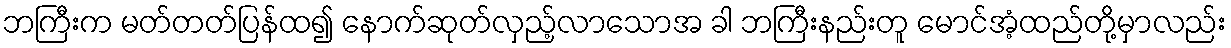
ဘကြီးက မတ်တတ်ပြန်ထ၍ နောက်ဆုတ်လှည့်လာသောအ ခါ ဘကြီးနည်းတူ မောင်အံ့ထည်တို့မှာလည်း